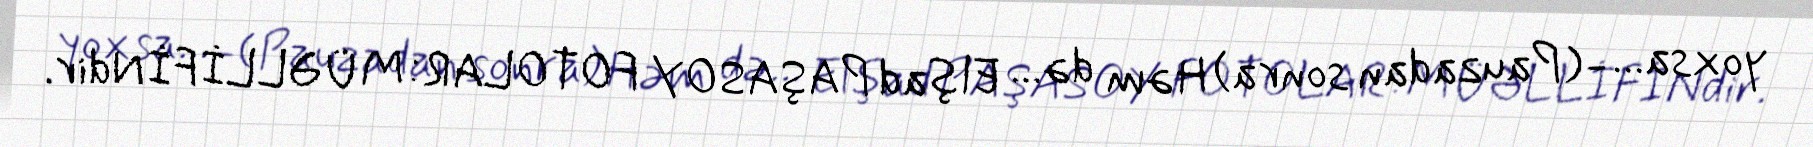
yoxsa... -(Pauzadan sonra) Həm də... Elşad PAŞASOY FOTOLAR: MÜƏLLİFİNdir.